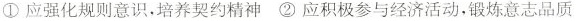
①应强化规则意识，培养契约精神②应积极参与经济活动，锻炼意志品质